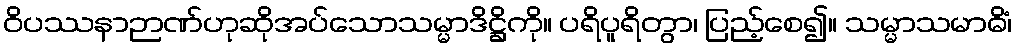
ဝိပဿနာဉာဏ်ဟုဆိုအပ်သောသမ္မာဒိဋ္ဌိကို။ ပရိပူရိတွာ၊ ပြည့်စေ၍။ သမ္မာသမာဓိံ၊